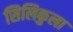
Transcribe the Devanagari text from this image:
सिलिकुला